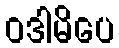
ဝဒါမိပေ